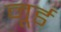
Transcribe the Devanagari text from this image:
नूर्ड